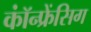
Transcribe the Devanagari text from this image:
कॉंन्फ्रेंसिग